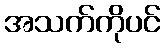
အသက်ကိုပင်